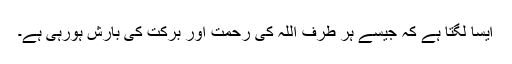
ایسا لگتا ہے کہ جیسے ہر طرف اللہ کی رحمت اور برکت کی بارش ہورہی ہے۔